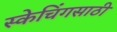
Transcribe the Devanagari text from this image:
स्केचिंगसाठी